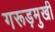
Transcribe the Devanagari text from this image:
गरूड़मुखी